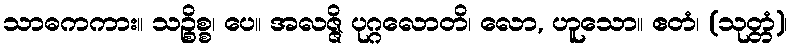
သာဓကကား။ သဉ္စိစ္စ၊ ပေ။ အလဇ္ဇိ ပုဂ္ဂလောတိ၊ လော, ဟူသော။ ဧတံ၊ (သုတ္တံ)၊